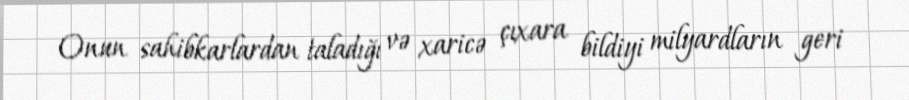
Onun sahibkarlardan taladığı və xaricə çıxara bildiyi milyardların geri